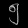
Digit: ၅